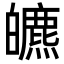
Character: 皫